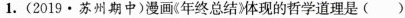
1.(2019.苏州期中)漫画(年终总结》体现的哲学道理是()